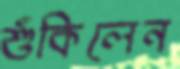
শুঁকিলেন